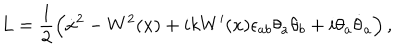
L = \frac { 1 } { 2 } \left( \dot { x } { } ^ { 2 } - W ^ { 2 } ( x ) + i k W ^ { \prime } ( x ) \epsilon _ { a b } \theta _ { a } \theta _ { b } + i \theta _ { a } \dot { \theta } _ { a } \right) ,